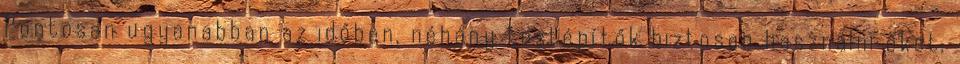
Pontosan ugyanabban az időben, néhány testépítők biztosan használni őket,